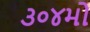
૩૦૪મો